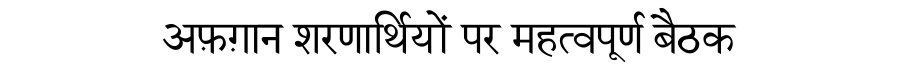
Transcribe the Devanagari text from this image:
अफ़ग़ान शरणार्थियों पर महत्वपूर्ण बैठक